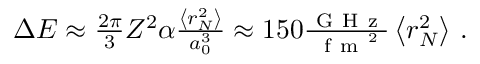
\begin{array} { r } { \Delta E \approx \frac { 2 \pi } { 3 } Z ^ { 2 } \alpha \frac { \left< r _ { N } ^ { 2 } \right> } { a _ { 0 } ^ { 3 } } \approx 1 5 0 \frac { \mathrm { ~ G ~ H ~ z ~ } } { \mathrm { ~ f ~ m ~ } ^ { 2 } } \left< r _ { N } ^ { 2 } \right> \, . } \end{array}